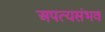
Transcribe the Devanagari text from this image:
अपत्यसंभव